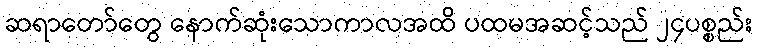
ဆရာတော်တွေ နောက်ဆုံးသောကာလအထိ ပထမအဆင့်သည် ၂၄ပစ္စည်း